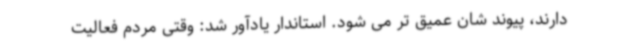
دارند، پیوند شان عمیق تر می شود. استاندار یادآور شد: وقتی مردم فعالیت